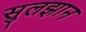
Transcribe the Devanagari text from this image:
सुलझान